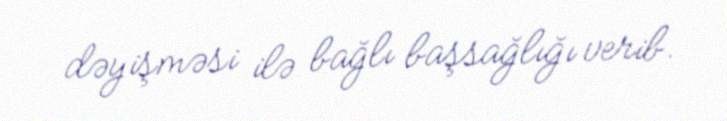
dəyişməsi ilə bağlı başsağlığı verib.